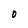
Character: O